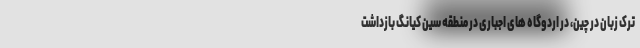
ترک زبان در چین، در اردوگاه های اجباری در منطقه سین کیانگ بازداشت